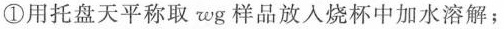
①用托盘天平称取 wg 样品放入烧杯中加水溶解；